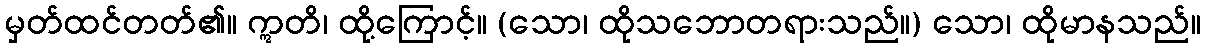
မှတ်ထင်တတ်၏။ ဣတိ၊ ထို့ကြောင့်။ (သော၊ ထိုသဘောတရားသည်။) သော၊ ထိုမာနသည်။